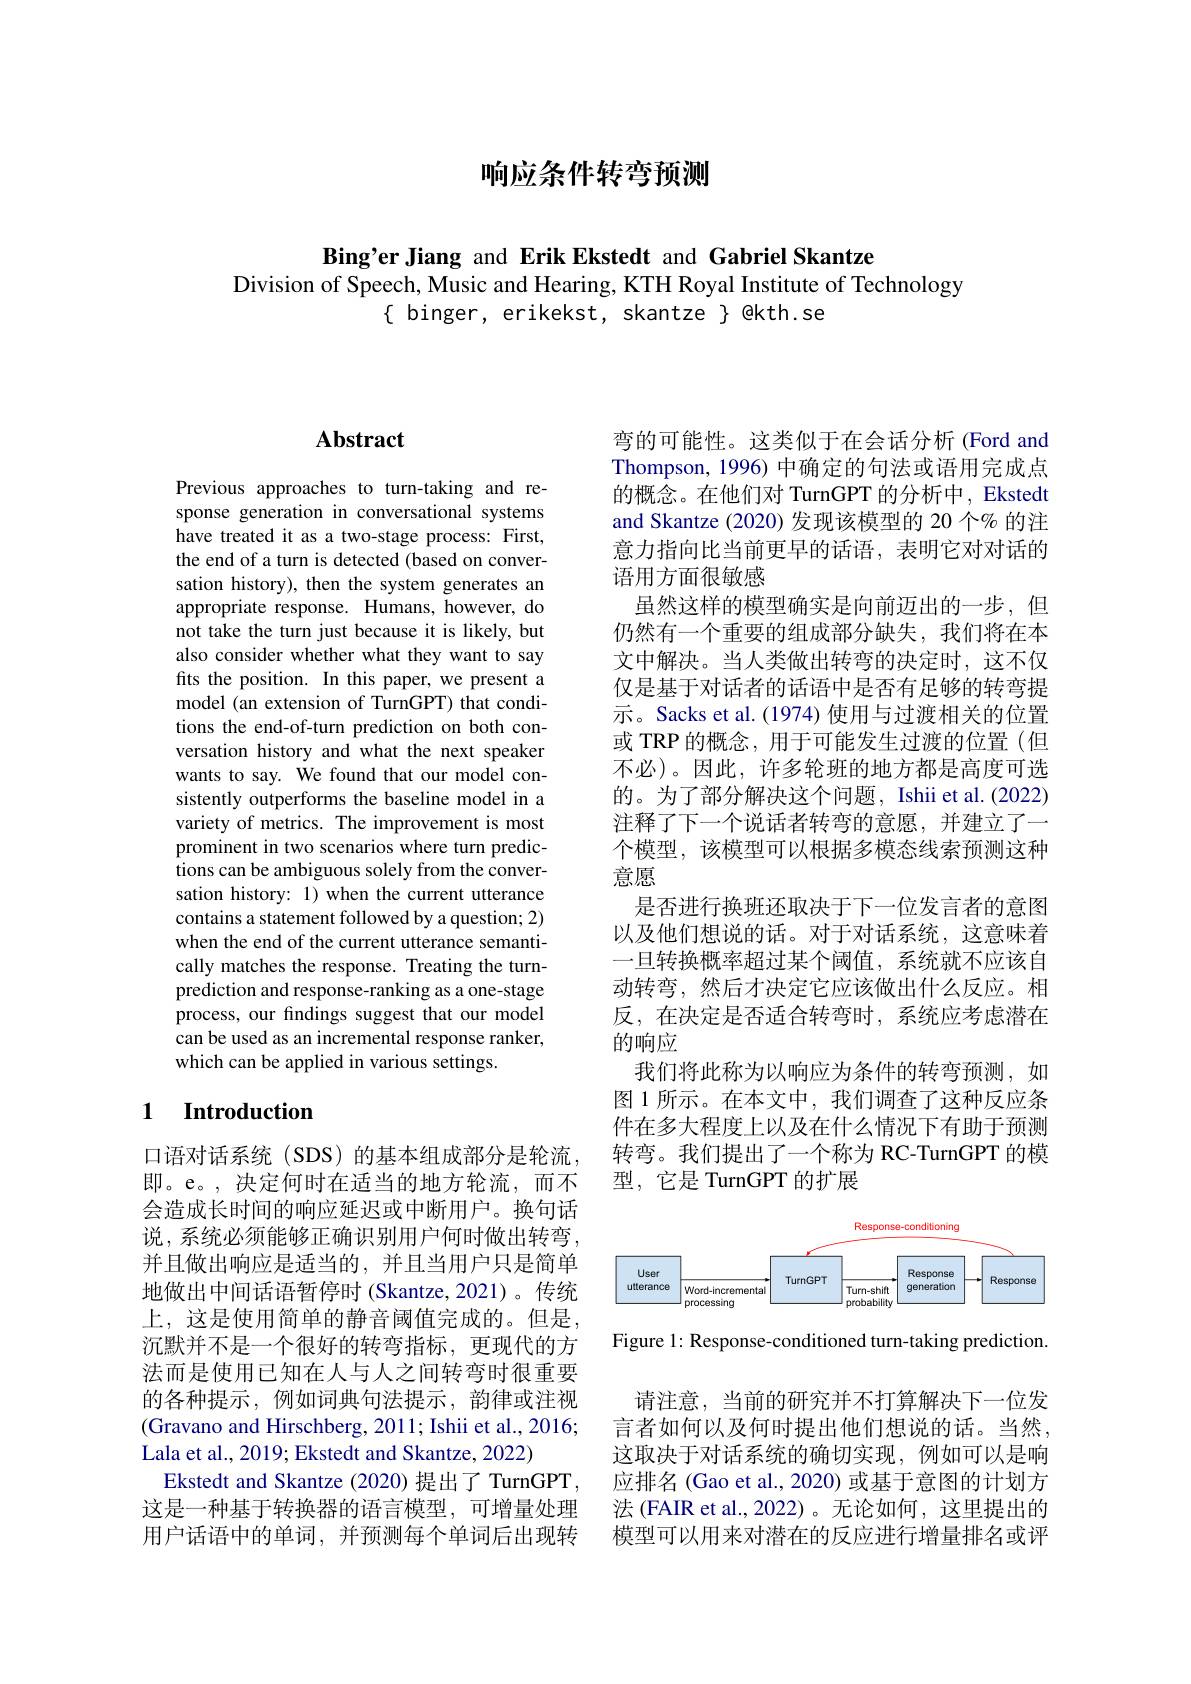
# 响应条件转弯预测

Bing'er Jiang and Erik Ekstedt and Gab
Division of Speech, Music and Hearing, KTH Royal Institute of Technology
$\{$ binger, erikekst, skantze $\}$ @kth

## $\mathbf{Abstract}$

Previous approaches to turn-taking and sponse generation in conversational sy have treated it as a two-stage process the end of a turn is detected (based o sation history), then the system gener appropriate response. Humans, however, not take the turn just because it is likely, but also consider whether what they want t fts the position. In this paper, we present a model (an extension of TurnGPT) that c tions the end-of-turn prediction on both conversation history and what the next speaker wants to say. We found that our model sistently outperforms the baseline model in a variety of metrics. The improvement is most prominent in two scenarios where turn predictions can be ambiguous solely from the conversation history: 1) when the current utterance contains a statement followed by a question; 2) when the end of the current utterance semantically matches the response. Treating the turnprediction and response-ranking as a one-stage process, our findings suggest that our model can be used as an incremental response which can be applied in various settings.

### 1 $\textbf{Introduction}$

口语对话系统 (SDS) 的基本组成部分是轮流， 即。e。,决定何时在适当的地方轮流，而不会造成长时间的响应延迟或中断用户。换句话说，系统必须能够正确识别用户何时做出转弯， 并且做出响应是适当的，并且当用户只是简单地做出中间话语暂停时(Skantze,2021)。传统上，这是使用简单的静音阈值完成的。但是， 沉默并不是一个很好的转弯指标，更现代的方法而是使用已知在人与人之间转弯时很重要的各种提示，例如词典句法提示，韵律或注视(Gravano and Hirschberg, 2011; Ishii et al., 2016; Lala et al., 2019; Ekstedt and Skantze, 2022)
Ekstedt and Skantze (2020) 提出了 TurnGPT , 这是一种基于转换器的语言模型，可增量处理用户话语中的单词，并预测每个单词后出现转

弯的可能性。这类似于在会话分析 (Ford and Thompson, 1996) 中确定的句法或语用完成点的概念。在他们对 TurnGPT 的分析中，Ekstedt and Skantze (2020) 发现该模型的 20 个% 的注意力指向比当前更早的话语，表明它对对话的语用方面很敏感
虽然这样的模型确实是向前迈出的一步，但仍然有一个重要的组成部分缺失，我们将在本文中解决。当人类做出转弯的决定时，这不仅仅是基于对话者的话语中是否有足够的转弯提示。Sacks et al. (1974) 使用与过渡相关的位置或 TRP 的概念，用于可能发生过渡的位置(但不必)。因此，许多轮班的地方都是高度可选的。为了部分解决这个问题，Ishii et al. (2022) 注释了下一个说话者转弯的意愿，并建立了一个模型，该模型可以根据多模态线索预测这种意愿
是否进行换班还取决于下一位发言者的意图以及他们想说的话。对于对话系统，这意味着一旦转换概率超过某个阈值，系统就不应该自动转弯，然后才决定它应该做出什么反应。相反，在决定是否适合转弯时，系统应考虑潜在的响应
我们将此称为以响应为条件的转弯预测，如图 1 所示。在本文中，我们调查了这种反应条件在多大程度上以及在什么情况下有助于预测转弯。我们提出了一个称为 RC-TurnGPT 的模型，它是 TurnGPT 的扩展

<FigureHere>

Figure 1: Response-conditioned turn-taking prediction.

请注意，当前的研究并不打算解决下一位发言者如何以及何时提出他们想说的话。当然， 这取决于对话系统的确切实现，例如可以是响应排名 (Gao et al., 2020) 或基于意图的计划方法 (FAIR et al.,2022)。无论如何，这里提出的模型可以用来对潜在的反应进行增量排名或评